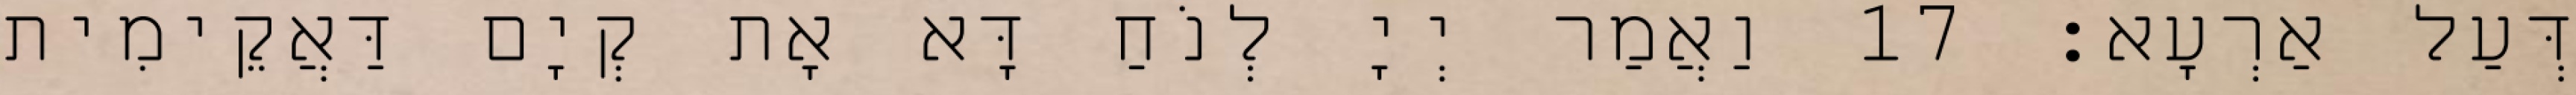
דְּעַל אַרְעָא׃ 17 וַאֲמַר יְיָ לְנֹחַ דָּא אָת קְיָם דַּאֲקֵימִית